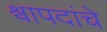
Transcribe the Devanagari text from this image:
श्वापदांचे